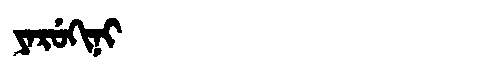
Manchu: ᠶᠠᡵᡠᡴᡳᠨᡳ
Romanization: YARUKINI